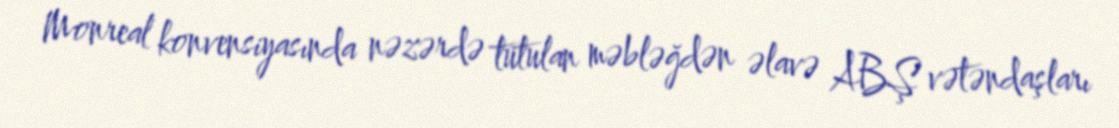
Monreal konvensiyasında nəzərdə tutulan məbləğdən əlavə ABŞ vətəndaşları